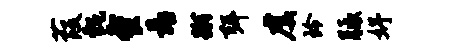
葭甄餐靠蹴弭虞玲胝妤